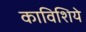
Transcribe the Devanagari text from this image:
काविशिये